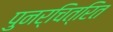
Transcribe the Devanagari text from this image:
पुनर्चित्रित